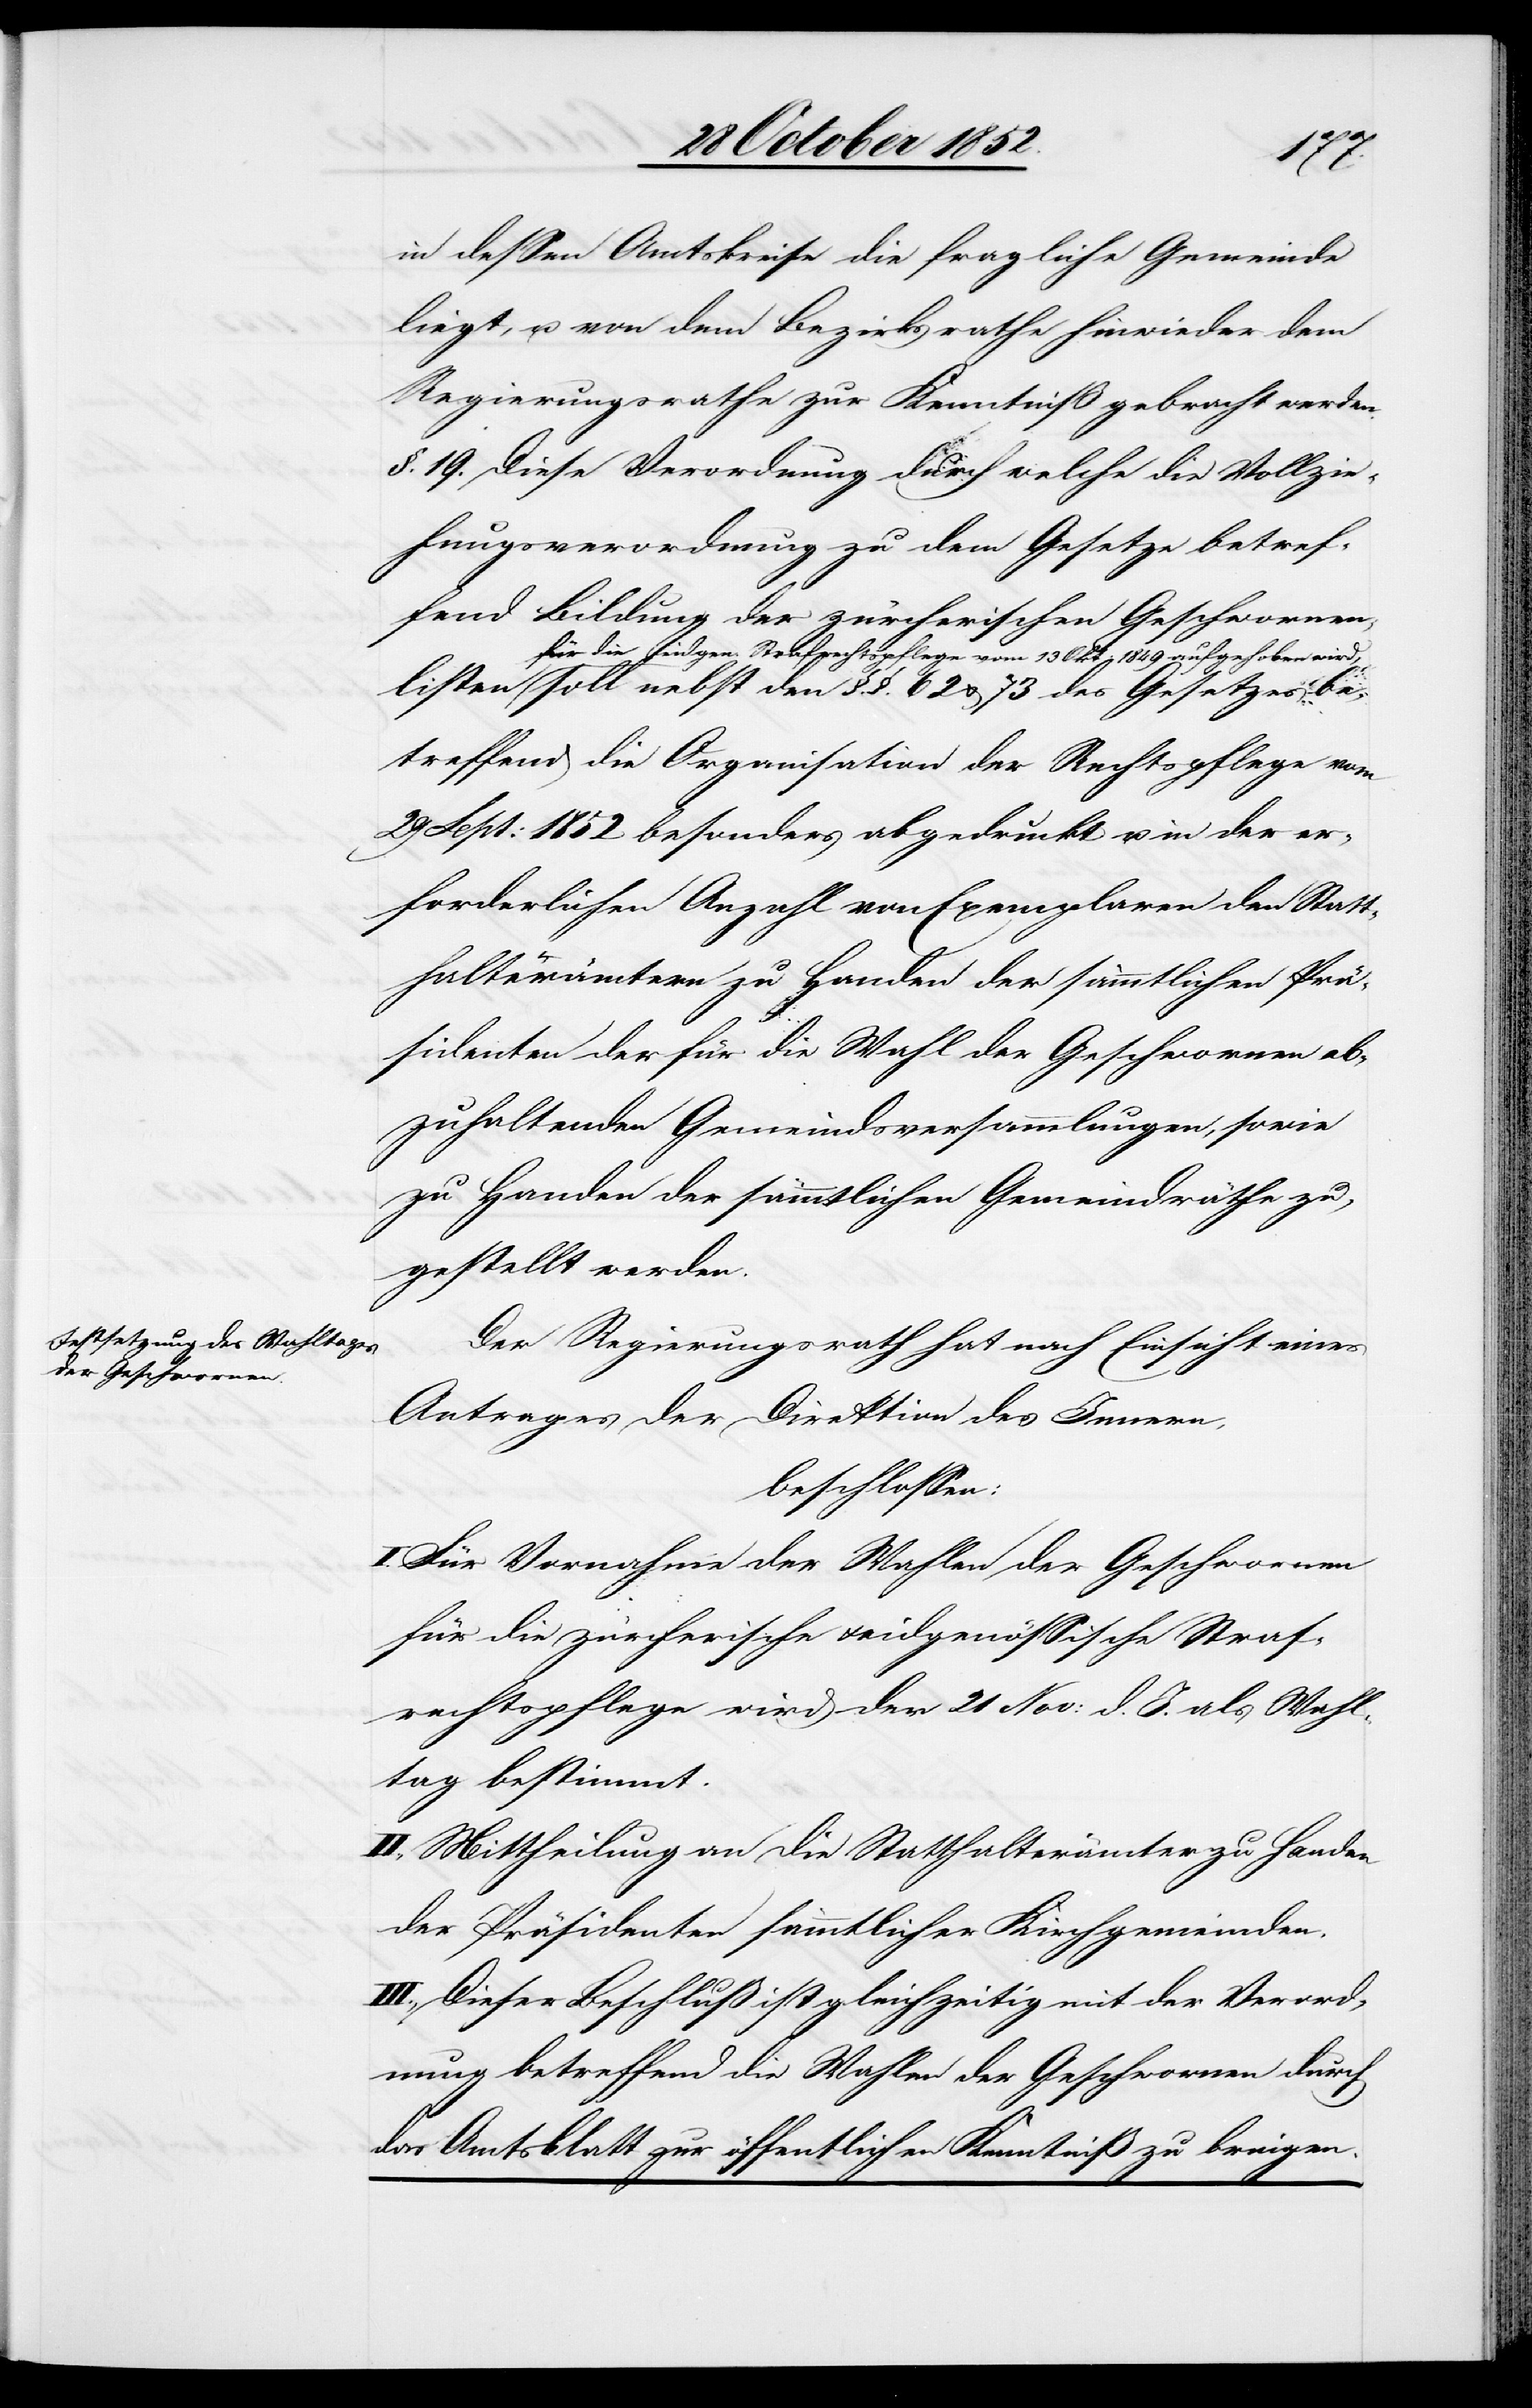
des Gesetzes be¬

73
in dessen Amtskreise die fragliche Gemeinde
liegt, u. von dem Bezirksrathe hinwieder dem
Regierungsrathe zur Kenntniß gebracht werden.
§. 19. Diese Verordnung durch welche die Vollzie¬
hungsverordnung zu dem Gesetze betref¬
fend Bildung der zürcherischen Geschwornen¬
für die eidgen. Strafrechtspflege vom 13 Okt: 1849 aufgehoben wird,
treffend die Organisation der Rechtspflege vom
29 Sept: 1852 besonders abgedruckt u. in der er¬
forderlichen Anzahl von Exemplaren den Statt¬
halterämtern zu Handen der sämmtlichen Prä¬
sidenten der für die Wahl der Geschwornen ab¬
zuhaltenden Gemeindsversammlungen, sowie
zu Handen der sämmtlichen Gemeindräthe zu¬
gestellt werden.
Der Regierungsrath hat nach Einsicht eines
Antrages der Direktion des Innern,
beschlossen:
I. Für Vornahme der Wahlen der Geschwornen
für die zürcherische & eidgenössische Straf¬
rechtspflege wird der 21 Nov: d. J. als Wahl¬
tag bestimmt.
II., Mittheilung an die Statthalterämter zu Handen
der Präsidenten sämmtlicher Kirchgemeinden.
III., Dieser Beschluß ist gleichzeitig mit der Verord¬
nung betreffend die Wahlen der Geschwornen durch
das Amtsblatt zur öffentlichen Kenntniß zu bringen.